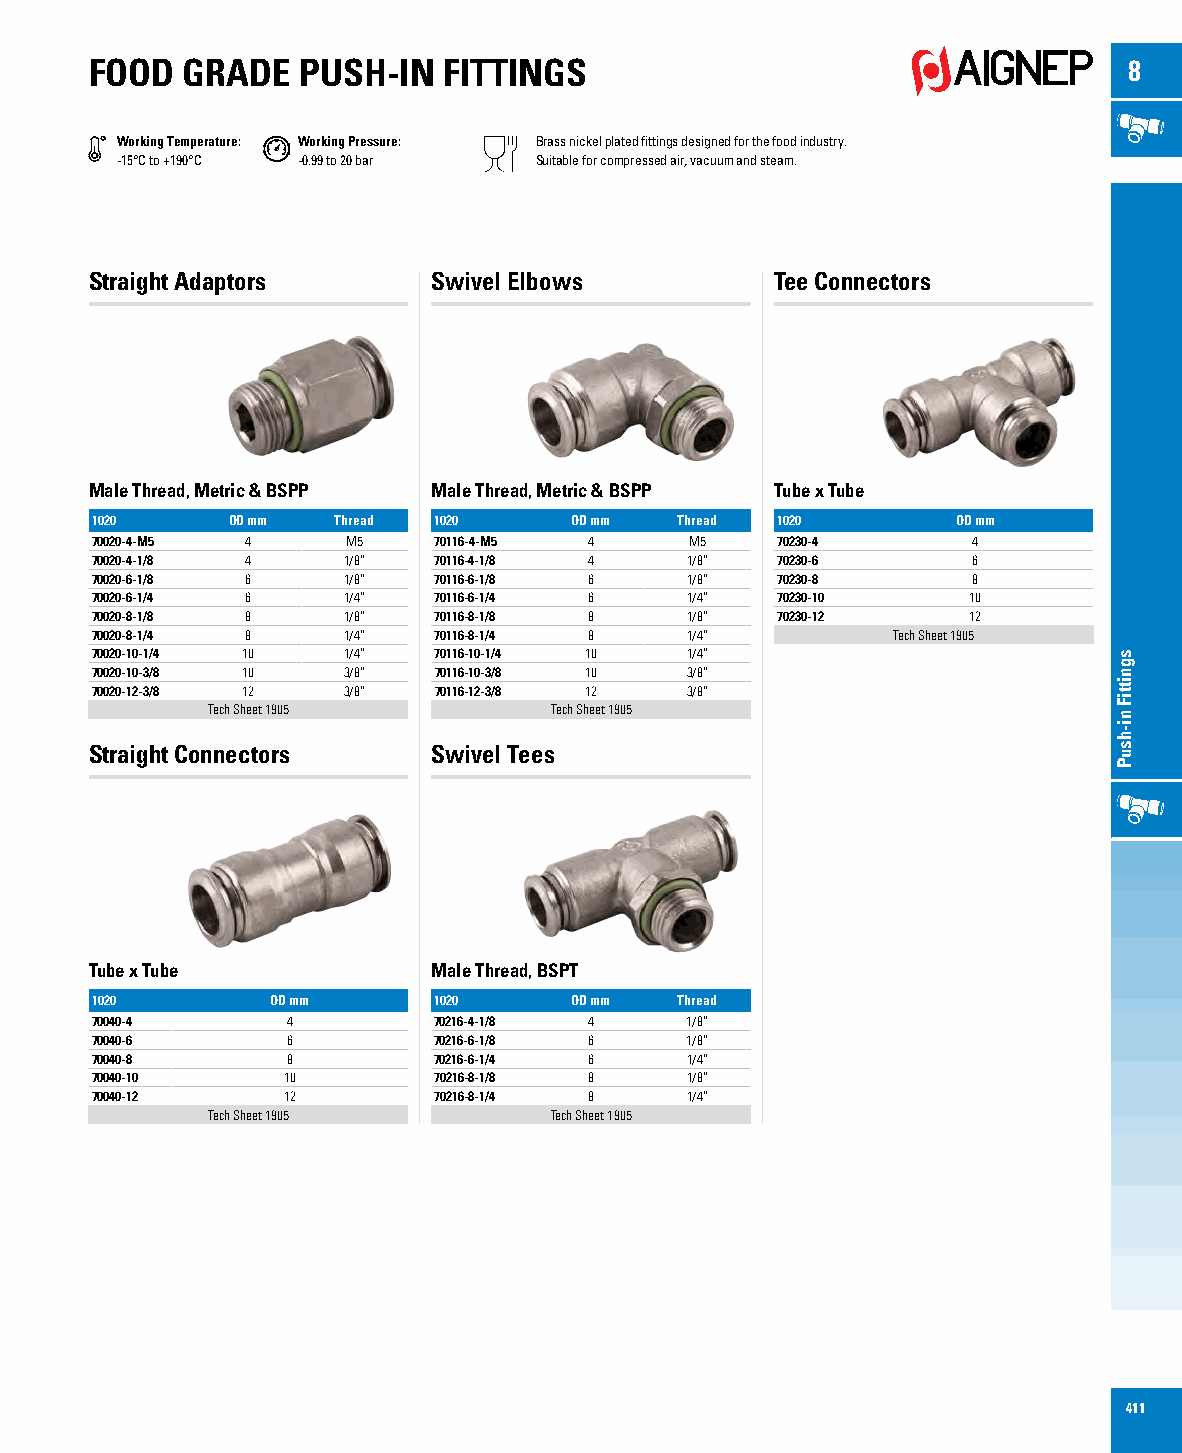
FOOD  GRADE   PUSH-IN  FITTINGS                                      8
 Working Temperature: Working Pressure: Brass nickel plated fittings designed for the food industry.
 -15°C to +190°C -0.99 to 20 bar Suitable for compressed air, vacuum and steam.
 Straight Adaptors      Swivel Elbows         Tee Connectors
 Male Thread, Metric & BSPP Male Thread, Metric & BSPP Tube x Tube
 1020     OD mm  Thread 1020     OD mm  Thread 1020       OD mm
 70020-4-M5 4     M5    70116-4-M5 4     M5   70230-4      4
 70020-4-1/8 4    1/8”  70116-4-1/8 4   1/8”  70230-6      6
 70020-6-1/8 6    1/8”  70116-6-1/8 6   1/8”  70230-8      8
 70020-6-1/4 6    1/4”  70116-6-1/4 6   1/4”  70230-10     10
 70020-8-1/8 8    1/8”  70116-8-1/8 8   1/8”  70230-12     12
 70020-8-1/4 8    1/4”  70116-8-1/4 8   1/4”          Tech Sheet 1905
 70020-10-1/4 10  1/4”  70116-10-1/4 10 1/4”
 70020-10-3/8 10  3/8”  70116-10-3/8 10 3/8”
 70020-12-3/8 12  3/8”  70116-12-3/8 12 3/8”
 Tech Sheet 1905       Tech Sheet 1905
 Straight Connectors    Swivel Tees
 Tube x Tube            Male Thread, BSPT
 1020        OD mm      1020     OD mm  Thread
 70040-4      4         70216-4-1/8 4   1/8”
 70040-6      6         70216-6-1/8 6   1/8”
 70040-8      8         70216-6-1/4 6   1/4”
 70040-10     10        70216-8-1/8 8   1/8”
 70040-12     12        70216-8-1/4 8   1/4”
 Tech Sheet 1905       Tech Sheet 1905
 411
 sgnittiF
 ni-hsuP